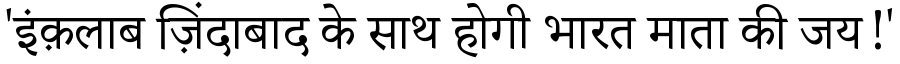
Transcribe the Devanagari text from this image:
'इंक़लाब ज़िंदाबाद के साथ होगी भारत माता की जय!'